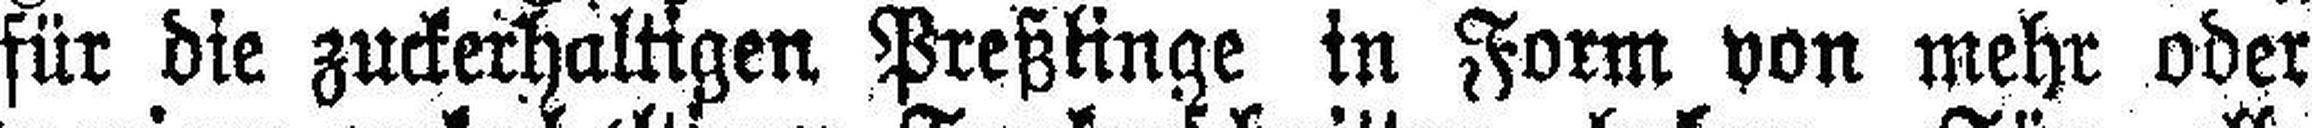
für die zuckerhaltigen Preßlinge in Form von mehr oder